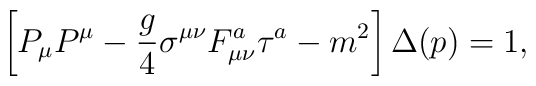
\left[P_\mu P^\mu-{g\over4}\sigma^{\mu\nu}F^a_{\mu\nu}\tau^a-m^2\right]\Delta(p)=1,